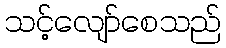
သင့်လျော်စေသည်